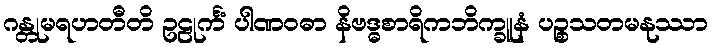
ဂန္တုမရဟတီတိ ဥဠုင်္ကံ ပါဏဝဓာ နိဗဒ္ဓစာရိကဘိက္ခူနံ ပဉ္စသတမနုဿာ